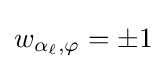
w_{\alpha _{\ell },\varphi }=\pm 1